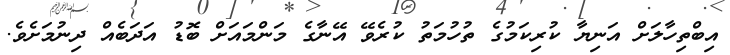
އިބްތިހާލަށް އަނިޔާ ކުރިކަމުގެ ތުހުމަތު ކުރެވޭ އޭނާގެ މަންމައަށް ބޮޑު އަދަބެއް ދިނުމަށެވެ.